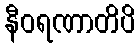
နီဝရဏာတိပိ